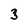
Character: 3